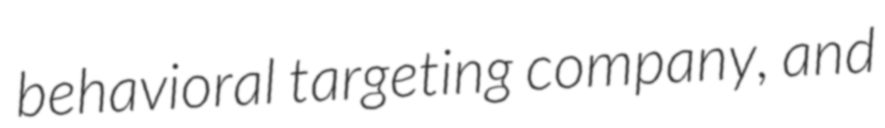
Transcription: behavioral targeting company, and